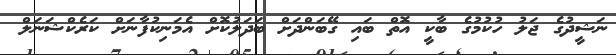
ނަޝީދުގެ ޖަލު ހުކުމުގެ ބާކީ އޮތް ބައި ގޭބަންދަށް ބަދަލުކޮށް އެމަނިކުފާނަށް ކަރެކްޝަނަލް